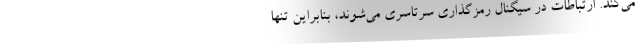
می‌کند. ارتباطات در سیگنال رمزگذاری سرتاسری می‌شوند، بنابراین تنها